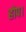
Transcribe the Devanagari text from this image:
होप।